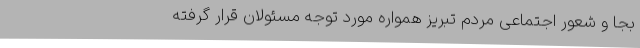
بجا و شعور اجتماعی مردم تبریز همواره مورد توجه مسئولان قرار گرفته